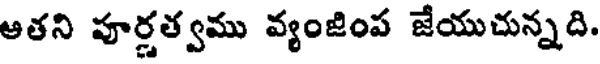
ఆతని పూర్ణత్వము వ్యంజింప జేయుచున్నది.